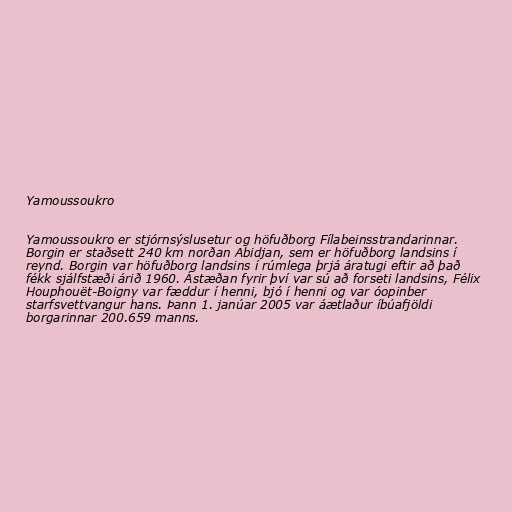
Yamoussoukro

Yamoussoukro er stjórnsýslusetur og höfuðborg Fílabeinsstrandarinnar.
Borgin er staðsett 240 km norðan Abidjan, sem er höfuðborg landsins í
reynd. Borgin var höfuðborg landsins í rúmlega þrjá áratugi eftir að það
fékk sjálfstæði árið 1960. Ástæðan fyrir því var sú að forseti landsins, Félix
Houphouët-Boigny var fæddur í henni, bjó í henni og var óopinber
starfsvettvangur hans. Þann 1. janúar 2005 var áætlaður íbúafjöldi
borgarinnar 200.659 manns.